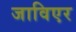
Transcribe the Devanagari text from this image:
जाविएर